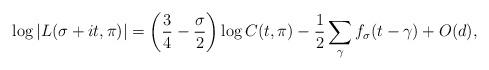
LaTeX: \begin{align*} \log|L(\sigma+it,\pi)|= \bigg(\dfrac{3}{4}-\dfrac{\sigma}{2}\bigg)\log C(t,\pi)-\dfrac{1}{2}\displaystyle\sum_{\gamma}f_{\sigma}(t-\gamma) + O(d), \end{align*}